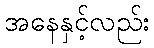
အနေနှင့်လည်း